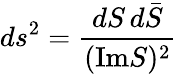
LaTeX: ds^{2}=\frac{dS\, d{\bar{S}}}{(\mathrm{Im}S)^{2}}